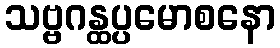
သဗ္ဗဂန္ထပ္ပမောစနော